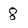
Character: 8